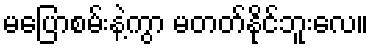
မပြောစမ်းနဲ့ကွာ မတတ်နိုင်ဘူးလေ။